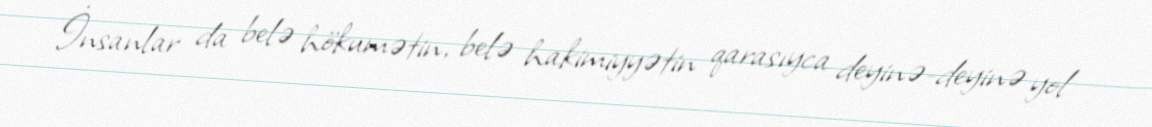
İnsanlar da belə hökumətin, belə hakimiyyətin qarasıyca deyinə-deyinə yol